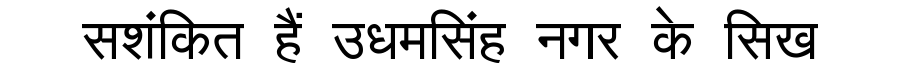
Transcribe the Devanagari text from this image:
सशंकित हैं उधमसिंह नगर के सिख